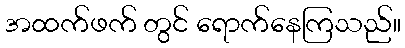
အထက်ဖက် တွင် ရောက်နေကြသည်။